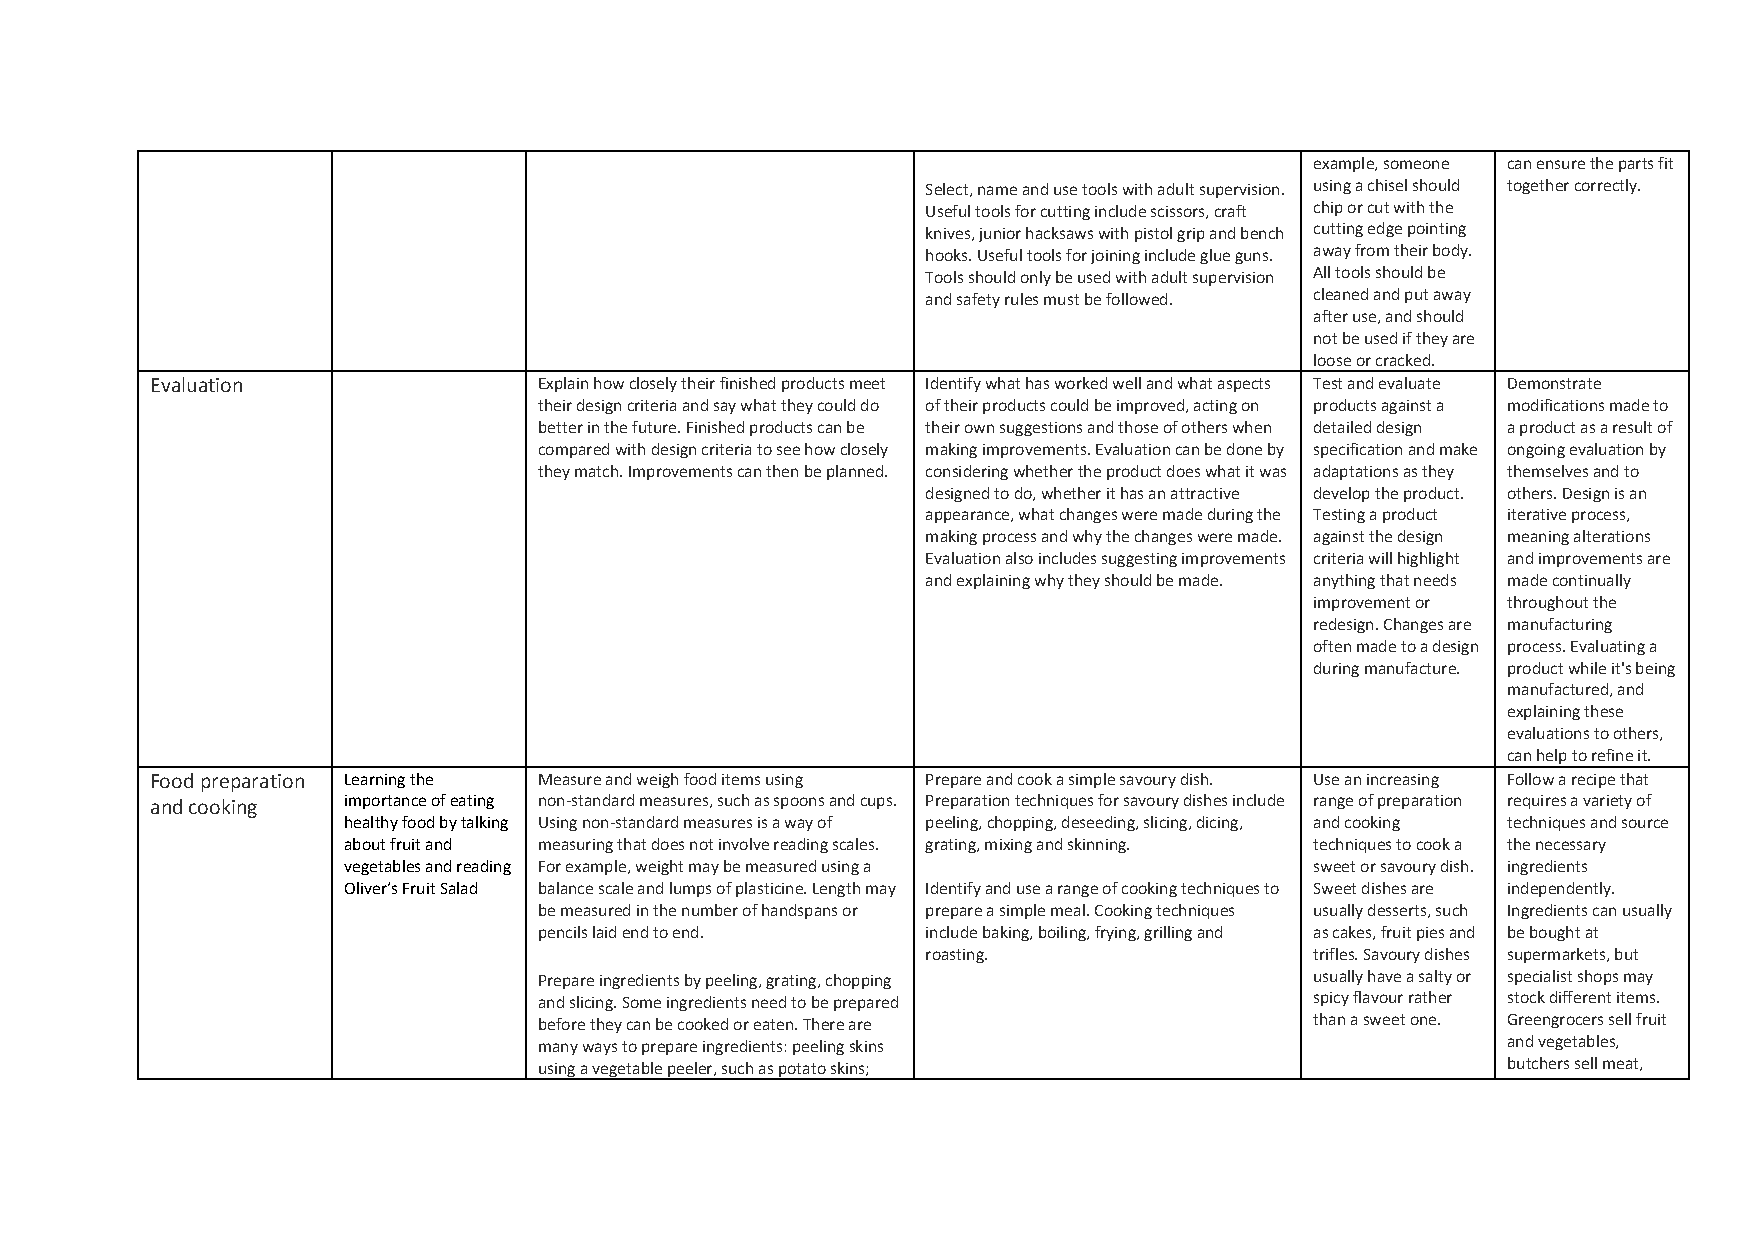
example, someone can ensure the parts fit
 Select, name and use tools with adult supervision. using a chisel should together correctly.
 Useful tools for cutting include scissors, craft chip or cut with the
 knives, junior hacksaws with pistol grip and bench cutting edge pointing
 hooks. Useful tools for joining include glue guns. away from their body.
 Tools should only be used with adult supervision All tools should be
 and safety rules must be followed. cleaned and put away
 after use, and should
 not be used if they are
 loose or cracked.
 Evaluation                Explain how closely their finished products meet Identify what has worked well and what aspects Test and evaluate Demonstrate
 their design criteria and say what they could do of their products could be improved, acting on products against a modifications made to
 better in the future. Finished products can be their own suggestions and those of others when detailed design a product as a result of
 compared with design criteria to see how closely making improvements. Evaluation can be done by specification and make ongoing evaluation by
 they match. Improvements can then be planned. considering whether the product does what it was adaptations as they themselves and to
 designed to do, whether it has an attractive develop the product. others. Design is an
 appearance, what changes were made during the Testing a product iterative process,
 making process and why the changes were made. against the design meaning alterations
 Evaluation also includes suggesting improvements criteria will highlight and improvements are
 and explaining why they should be made. anything that needs made continually
 improvement or throughout the
 redesign. Changes are manufacturing
 often made to a design process. Evaluating a
 during manufacture. product while it's being
 manufactured, and
 explaining these
 evaluations to others,
 can help to refine it.
 Food preparation Learning the Measure and weigh food items using Prepare and cook a simple savoury dish. Use an increasing Follow a recipe that
 and cooking  importance of eating non-standard measures, such as spoons and cups. Preparation techniques for savoury dishes include range of preparation requires a variety of
 healthy food by talking Using non-standard measures is a way of peeling, chopping, deseeding, slicing, dicing, and cooking techniques and source
 about fruit and measuring that does not involve reading scales. grating, mixing and skinning. techniques to cook a the necessary
 vegetables and reading For example, weight may be measured using a sweet or savoury dish. ingredients
 Oliver’s Fruit Salad balance scale and lumps of plasticine. Length may Identify and use a range of cooking techniques to Sweet dishes are independently.
 be measured in the number of handspans or prepare a simple meal. Cooking techniques usually desserts, such Ingredients can usually
 pencils laid end to end. include baking, boiling, frying, grilling and as cakes, fruit pies and be bought at
 roasting.                 trifles. Savoury dishes supermarkets, but
 Prepare ingredients by peeling, grating, chopping  usually have a salty or specialist shops may
 and slicing. Some ingredients need to be prepared  spicy flavour rather stock different items.
 before they can be cooked or eaten. There are      than a sweet one. Greengrocers sell fruit
 many ways to prepare ingredients: peeling skins                 and vegetables,
 using a vegetable peeler, such as potato skins;                 butchers sell meat,